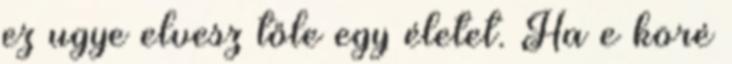
ez ugye elvesz tőle egy életet. Ha e köré